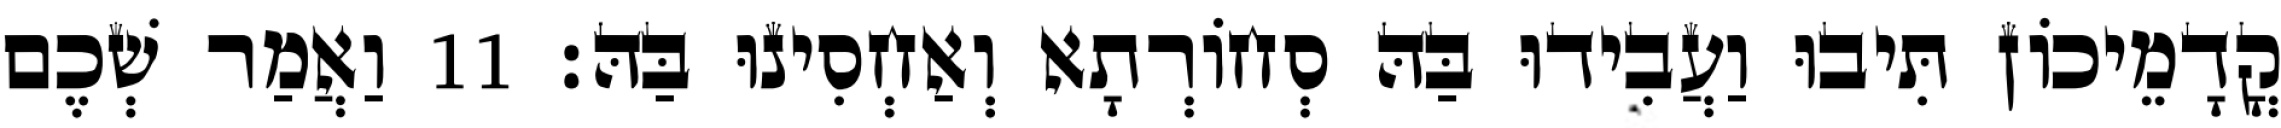
קֳדָמֵיכוֹן תִּיבוּ וַעֲבִידוּ בַּהּ סְחוֹרְתָא וְאַחְסִינוּ בַּהּ׃ 11 וַאֲמַר שְׁכֶם